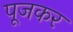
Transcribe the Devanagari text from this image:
पूजकर